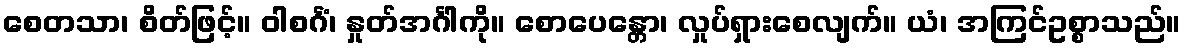
စေတသာ၊ စိတ်ဖြင့်။ ဝါစင်္ဂံ၊ နှုတ်အင်္ဂါကို။ စောပေန္တော၊ လှုပ်ရှားစေလျက်။ ယံ၊ အကြင်ဥစ္စာသည်။